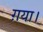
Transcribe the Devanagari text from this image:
ग़या।